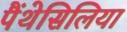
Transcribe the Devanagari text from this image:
पैंथेसिलिया